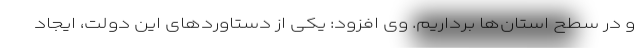
و در سطح استان‌ها برداریم. وی افزود: یکی از دستاوردهای این دولت، ایجاد